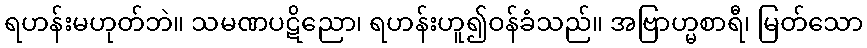
ရဟန်းမဟုတ်ဘဲ။ သမဏပဋိညော၊ ရဟန်းဟူ၍ဝန်ခံသည်။ အဗြာဟ္မစာရီ၊ မြတ်သော